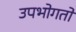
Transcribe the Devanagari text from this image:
उपभोगतो